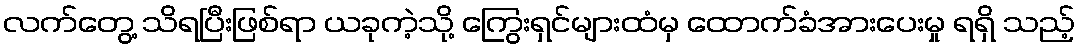
လက်တွေ့ သိရပြီးဖြစ်ရာ ယခုကဲ့သို့ ကြွေးရှင်များထံမှ ထောက်ခံအားပေးမှု ရရှိ သည့်